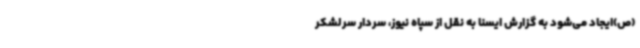
(ص)ایجاد می‌شود به گزارش ایسنا به نقل از سپاه نیوز، سردار سرلشکر